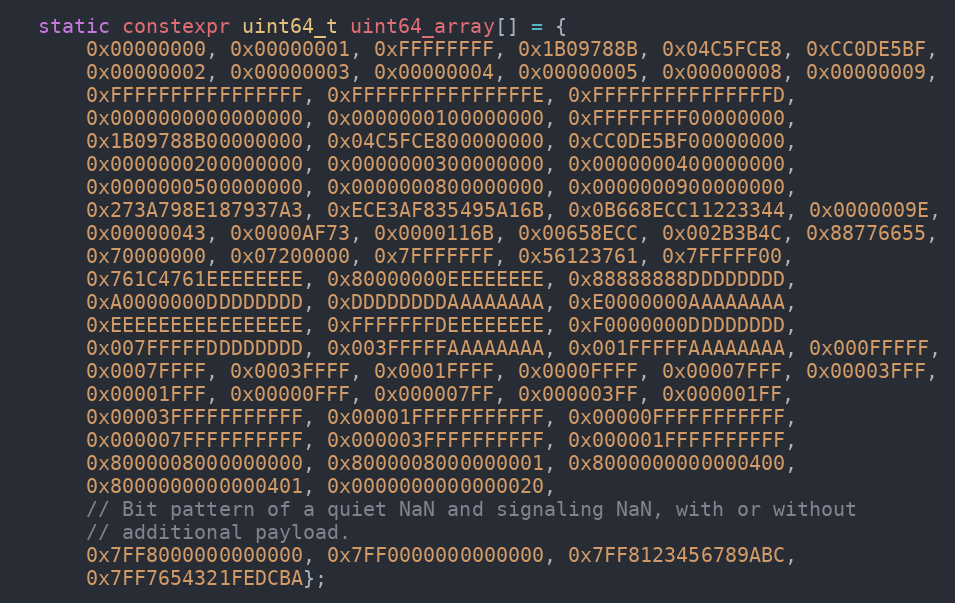
Language: C
  static constexpr uint64_t uint64_array[] = {
      0x00000000, 0x00000001, 0xFFFFFFFF, 0x1B09788B, 0x04C5FCE8, 0xCC0DE5BF,
      0x00000002, 0x00000003, 0x00000004, 0x00000005, 0x00000008, 0x00000009,
      0xFFFFFFFFFFFFFFFF, 0xFFFFFFFFFFFFFFFE, 0xFFFFFFFFFFFFFFFD,
      0x0000000000000000, 0x0000000100000000, 0xFFFFFFFF00000000,
      0x1B09788B00000000, 0x04C5FCE800000000, 0xCC0DE5BF00000000,
      0x0000000200000000, 0x0000000300000000, 0x0000000400000000,
      0x0000000500000000, 0x0000000800000000, 0x0000000900000000,
      0x273A798E187937A3, 0xECE3AF835495A16B, 0x0B668ECC11223344, 0x0000009E,
      0x00000043, 0x0000AF73, 0x0000116B, 0x00658ECC, 0x002B3B4C, 0x88776655,
      0x70000000, 0x07200000, 0x7FFFFFFF, 0x56123761, 0x7FFFFF00,
      0x761C4761EEEEEEEE, 0x80000000EEEEEEEE, 0x88888888DDDDDDDD,
      0xA0000000DDDDDDDD, 0xDDDDDDDDAAAAAAAA, 0xE0000000AAAAAAAA,
      0xEEEEEEEEEEEEEEEE, 0xFFFFFFFDEEEEEEEE, 0xF0000000DDDDDDDD,
      0x007FFFFFDDDDDDDD, 0x003FFFFFAAAAAAAA, 0x001FFFFFAAAAAAAA, 0x000FFFFF,
      0x0007FFFF, 0x0003FFFF, 0x0001FFFF, 0x0000FFFF, 0x00007FFF, 0x00003FFF,
      0x00001FFF, 0x00000FFF, 0x000007FF, 0x000003FF, 0x000001FF,
      0x00003FFFFFFFFFFF, 0x00001FFFFFFFFFFF, 0x00000FFFFFFFFFFF,
      0x000007FFFFFFFFFF, 0x000003FFFFFFFFFF, 0x000001FFFFFFFFFF,
      0x8000008000000000, 0x8000008000000001, 0x8000000000000400,
      0x8000000000000401, 0x0000000000000020,
      // Bit pattern of a quiet NaN and signaling NaN, with or without
      // additional payload.
      0x7FF8000000000000, 0x7FF0000000000000, 0x7FF8123456789ABC,
      0x7FF7654321FEDCBA};